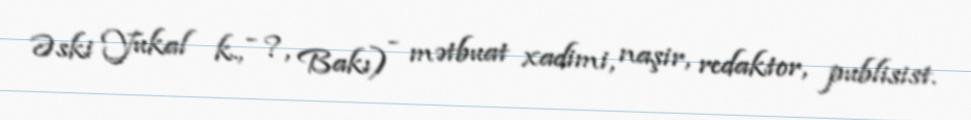
Əski Yukal k., - ?, Bakı) - mətbuat xadimi, naşir, redaktor, publisist.